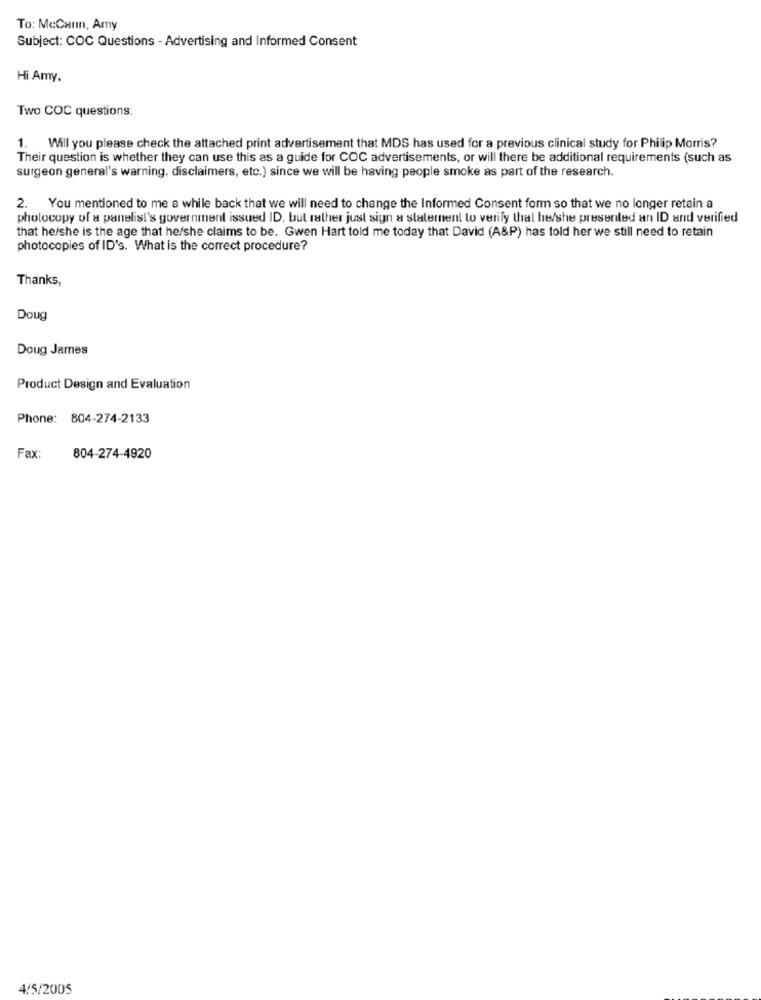
To: McCann, Amy
Subject: COC Questions - Advertising and Informed Consent
Hi Amy,
Two COC questions:
1. Will you please check the attached print advertisement that MDS has used for a previous clinical study for Philip Morris?
Their question is whether they can use this as a guide for COC advertisements, or will there be additional requirements (such as
surgeon general's warning, disclaimers, etc.) since we will be having people smoke as part of the research.
2. You mentioned to me a while back that we will need to change the Informed Consent form so that we no longer retain a
photocopy of a panelist's government issued ID, but rather just sign a statement to verify that he/she presented an ID and verified
that he/she is the age that he/she claims to be. Gwen Hart told me today that David (A&P) has told her we still need to retain
photocopies of ID's. What is the correct procedure?
Thanks,
Doug
Doug James
Product Design and Evaluation
Phone: 804-274-2133
Fax:
804-274-4920
4/5/2005